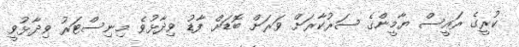
ކުރީގެ ރައީސް ޔާމީންގެ ސަރުކާރަށް ވަރަށް ބޮޑަށް ފާޑު ވިދާޅުވެ މިނިސްޓަރު ވިދާޅުވީ